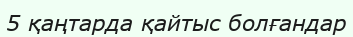
5 қаңтарда қайтыс болғандар